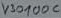
Text: V3000C